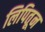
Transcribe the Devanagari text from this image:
लिपितून